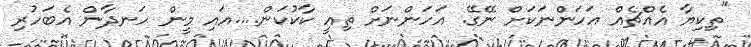
"ތިކިޔާ އެއްޗެއް އަހަންނަކަށް ނޭގޭ. އަހަންނަށް ތިއީ ކާކުކަން....އައި މީން ހަނދާން އެބަހުރި